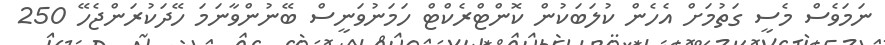
ނަމަވެސް މެސީ ގަތުމަށް އެހެން ކުލަބަކުން ކޮންޓްރެކްޓް ހަމަނުވަނީސް ބޭނުންވާނަމަ ހޭދަކުރަންޖެހޭ 250